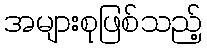
အများစုဖြစ်သည့်